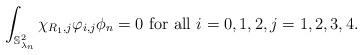
LaTeX: \begin{align*}\int_{\mathbb{S}^2_{\lambda_n}}\chi_{R_1,j}\varphi_{i,j}\phi_n=0 \textrm{ for all }i=0,1,2, j=1,2,3,4.\end{align*}